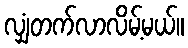
လျှံတက်လာလိမ့်မယ်။